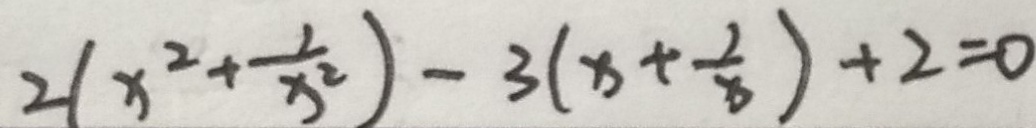
2 ( x ^ { 2 } + \frac { 1 } { x ^ { 2 } } ) - 3 ( x + \frac { 1 } { x } ) + 2 = 0